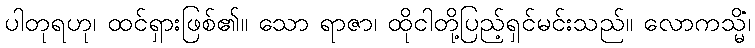
ပါတုရဟု၊ ထင်ရှားဖြစ်၏။ သော ရာဇာ၊ ထိုငါတို့ပြည့်ရှင်မင်းသည်။ လောကသ္မိံ၊